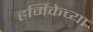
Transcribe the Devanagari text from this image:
हर्मिकेच्या